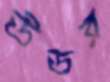
উডর